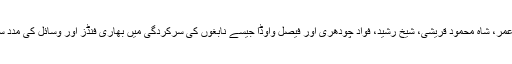
انہوں نے بہت جلد یونیورسٹی میں اسد عمر، شاہ محمود قریشی، شیخ رشید، فواد چودھری اور فیصل واوڈا جیسے نابغوں کی سرکردگی میں بھاری فنڈز اور وسائل کی مدد سے تحقیقی ادارے کھولنے کا اعلان کیا۔